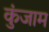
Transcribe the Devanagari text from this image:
कुंजाम